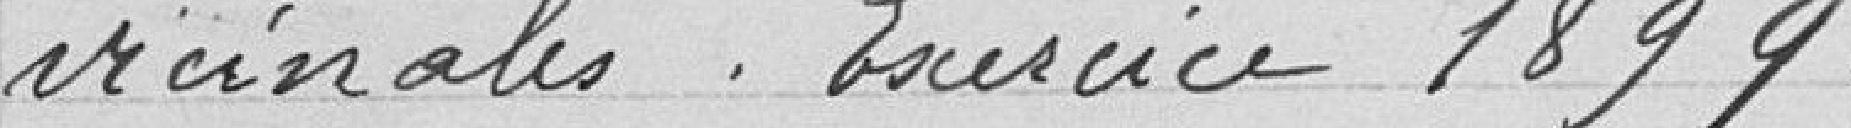
vicinales. Exercice 1899.